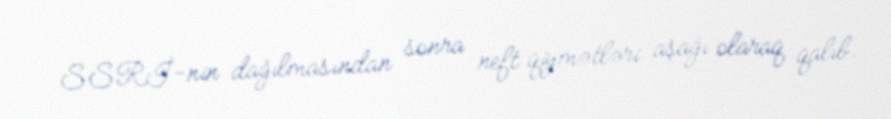
SSRİ-nin dağılmasından sonra neft qiymətləri aşağı olaraq qalıb.